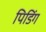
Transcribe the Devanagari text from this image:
पिडिंग